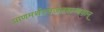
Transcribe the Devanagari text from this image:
प्राणमर्थस्वजनबान्धवान्